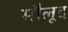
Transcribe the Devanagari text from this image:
मौलूद